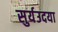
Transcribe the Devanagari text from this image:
सुर्यउदया